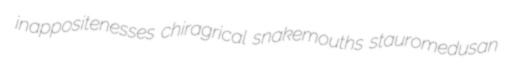
inappositenesses chiragrical snakemouths stauromedusan